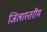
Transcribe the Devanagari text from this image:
जिलास्तरीय